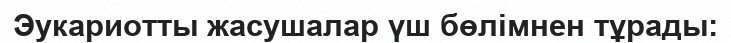
Эукариотты жасушалар үш бөлімнен тұрады: